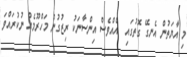
މި އާޔަތުން އެނގޭ ގޮތުގައި  އެއްވެސް އިންސާނަކު ރިޒުގުން މަހްރޫމެއް ނުކުރައްވަ